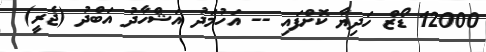
12000 ޑޯޒް ހަދިޔާ ކޮށްފައި -- އަހުމަދު އަޝްހާދު އަބްދު (ޖެރީ)